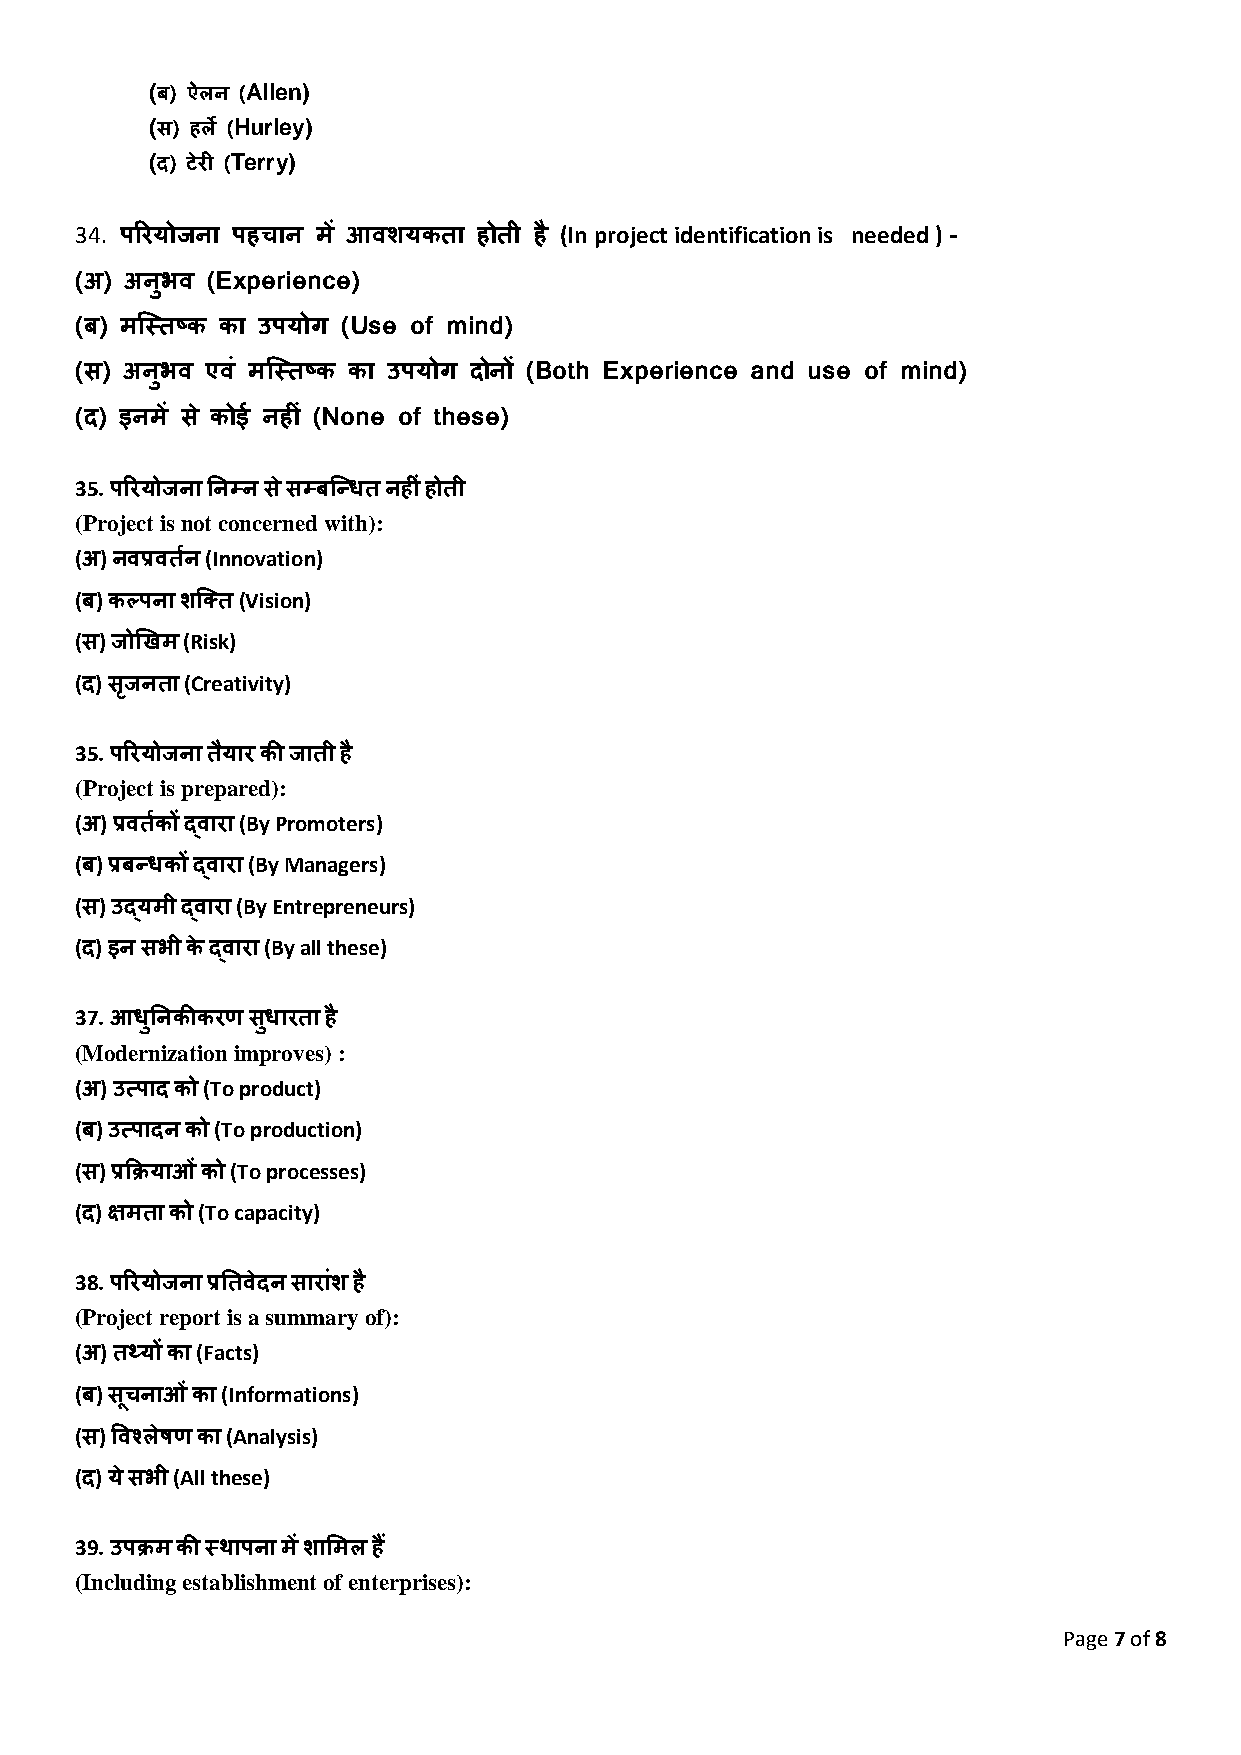
(     Allen)
 ब) ऐलन (
 (    Hurley)
 स) हले (
 (    Terry)
 द) टेरी (
 34. पररयोिना पहचान में आवशयकिा होिी है (In project identification is needed ) -
 (अ) अनुभव (Experience)
 (ब) मजस्िष्क का उपयोग (Use of mind)
 (स) अनुभव एवं मजस्िष्क का उपयोग दोनों (Both Experience and use of mind)
 (द) इनमें से कोई नहीं (None of these)
 35. पररयोिना तनम्न स ेसम्बजन्धि नहीं होिी
 (Project is not concerned with):
 (अ) नवप्रविनश (Innovation)
 (ब) कल्पना शजक्ि (Vision)
 (स) िोखखम (Risk)
 (द) सिृ निा (Creativity)
 35. पररयोिना ियै ार की िािी है
 (Project is prepared):
 (अ) प्रविकश ों द्वारा (By Promoters)
 (ब) प्रबन्धकों द्वारा (By Managers)
 (स) उद्यमी द्वारा (By Entrepreneurs)
 (द) इन सभी के द्वारा (By all these)
 37. आधुतनकीकरण सधु ारिा है
 (Modernization improves) :
 (अ) उत्पाद को (To product)
 (ब) उत्पादन को (To production)
 (स) प्रक्रियाओ ंको (To processes)
 (द) िमिा को (To capacity)
 38. पररयोिना प्रतिवेदन सारांश है
 (Project report is a summary of):
 (अ) िथ्यों का (Facts)
 (ब) सचू नाओ ंका (Informations)
 (स) ववश्लेषण का (Analysis)
 (द) ये सभी (All these)
 39. उपिम की स्थापना में शाशमल हैं
 (Including establishment of enterprises):
 Page 7 of 8